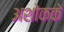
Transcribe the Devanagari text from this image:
अशोकके